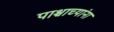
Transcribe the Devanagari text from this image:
पाश्चाच्यांना